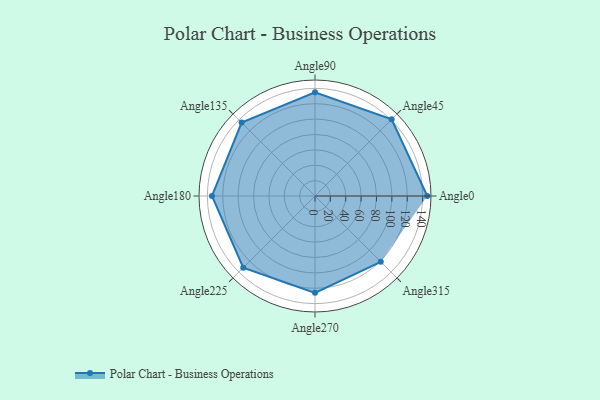
{"axis": {"x": "Angle", "y": "Radius"}, "legend": [""], "data": [{"x": "Angle0", "y": 146.0, "type": ""}, {"x": "Angle45", "y": 141.0, "type": ""}, {"x": "Angle90", "y": 135.0, "type": ""}, {"x": "Angle135", "y": 135.0, "type": ""}, {"x": "Angle180", "y": 134.0, "type": ""}, {"x": "Angle225", "y": 132.0, "type": ""}, {"x": "Angle270", "y": 126.0, "type": ""}, {"x": "Angle315", "y": 121.0, "type": ""}]}